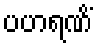
ပဟရဏိံ